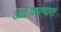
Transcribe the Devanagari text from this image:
अंतःकरणास